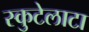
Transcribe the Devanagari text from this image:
स्कुटेलाटा